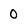
Character: 0